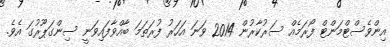
އިންވެސްޓްމަންޓް ފޯރަމެއް ސަރުކާރުން 2014 ވަނަ އަހަރު ފުރަތަމަ ބާއްވާފައިވަނީ ސިންގަޕޫރުގަ އެވެ.